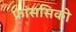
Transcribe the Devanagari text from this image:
फ्रांससिको